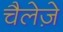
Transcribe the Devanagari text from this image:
चैलेज़े